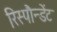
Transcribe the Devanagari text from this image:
रिस्पौन्डेंट